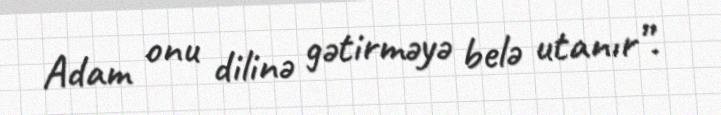
Adam onu dilinə gətirməyə belə utanır”.